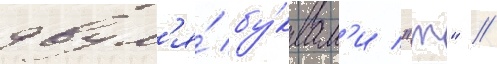
двум'я́ бу́квам'и "т" //